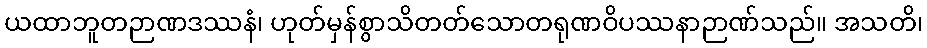
ယထာဘူတဉာဏဒဿနံ၊ ဟုတ်မှန်စွာသိတတ်သောတရုဏဝိပဿနာဉာဏ်သည်။ အသတိ၊